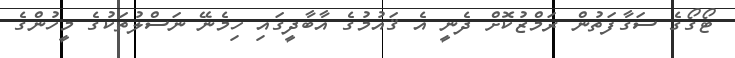
ޓޯގޯގެ ސަގާފަތުން ރަމްޒުކޮށް ދެނީ އެ ޤައުމުގެ އާބާދީގައި ހިމެނޭ ނަސްލުތަކުގެ މީހުންގެ